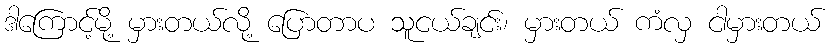
ဒါကြောင့်မို့ မှားတယ်လို့ ပြောတာပ သူငယ်ချင်း၊ မှားတယ် ကံလှ ငါမှားတယ်